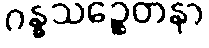
ဂန္ဓသဉ္စေတနာ